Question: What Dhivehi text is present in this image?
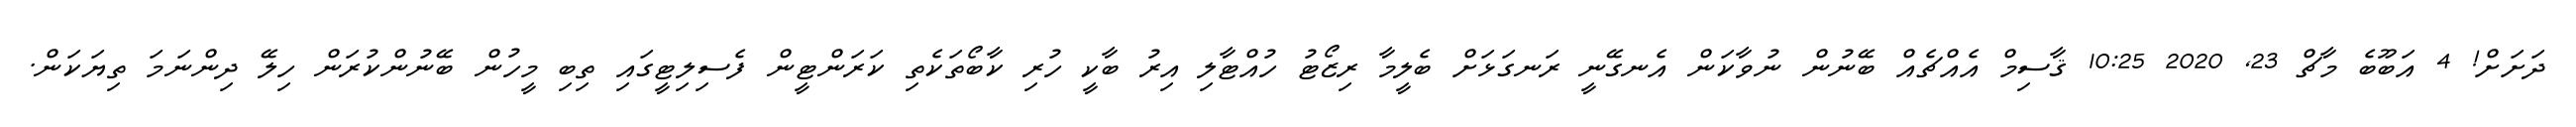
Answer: ދަށަށް! 4 އަބޫބެ މާޗް 23, 2020 10:25 ޤާސިމް އެއްޗެއް ބޭނުން ނުވާކަން އެނގޭނީ ރަނގަޅަށް ބެލީމާ ރިޒޯޓު ހުއްޓާލި އިރު ބާކީ ހުރި ކާބޯތަކެތި ކަރަންޓީން ފެސިލިޓީގައި ތިބި މީހުން ބޭނުންކުރަން ހިލޭ ދިންނަމަ ތިޔަކަން.